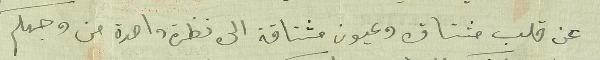
عن قلب مشتاق وعيون مشتاقة الى نظرة واحدة من وجهكم